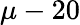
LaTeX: \mu-20